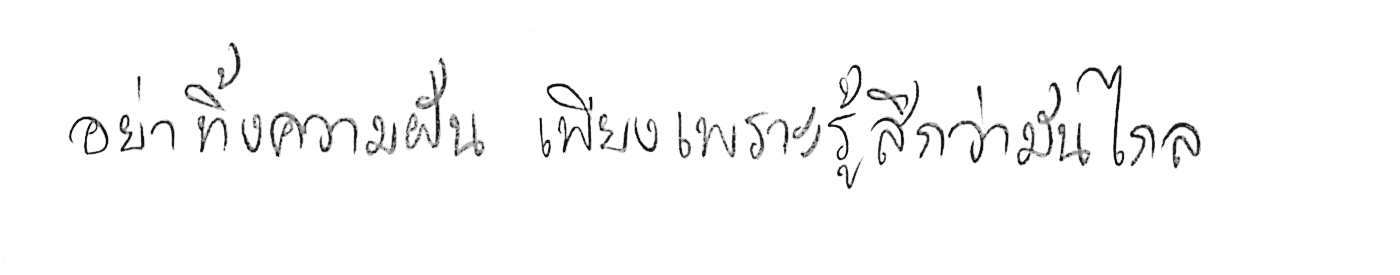
อย่าทิ้งความฝัน เพียงเพราะรู้สึกว่ามันไกล